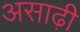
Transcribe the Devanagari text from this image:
असाढ़ी